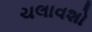
ચલાવશો